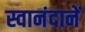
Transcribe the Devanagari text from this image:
स्वानंदानें